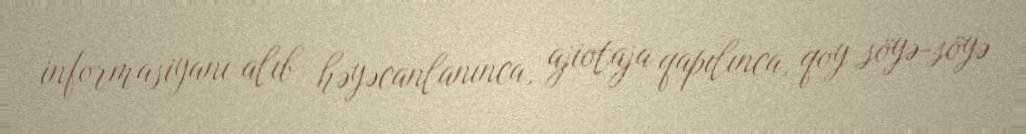
informasiyanı alıb həyəcanlanınca, ajiotaja qapılınca, qoy söyə-söyə